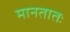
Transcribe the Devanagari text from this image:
मानतातः